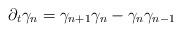
LaTeX: \begin{align*}\partial_t \gamma_{n}=\gamma_{n+1}\gamma_{n}-\gamma_{n}\gamma_{n-1}\end{align*}